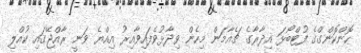
ހޮންކޮންގްގެ ފުޓްބޯޅަ އިދާރާގެ ޗެއާމަން މިހެން ވިދާޅުވެފައިވާއިރު އިއްޔެ ވަނީ ރާއްޖޭގައި ކުއްލި